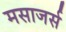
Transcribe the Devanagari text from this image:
मसाजर्स